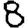
Digit: 8